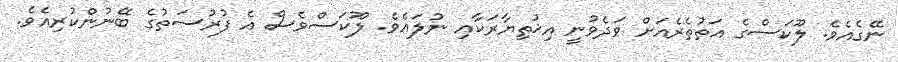
ނޭގެއެވެ. ލޫކަސްގެ އަތުތެރެއަށް ވަދެވުނީ އިޚުތިޔާރަކާއި ނުލައެވެ. ލޫކަސްވެސް އެ ފުރުސަތުގެ ބޭނުންކުރިއެވެ.